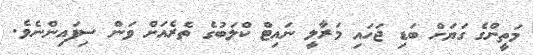
މަތީންގެ ގަޔަށް ބަޑި ޖަހައި މަރާލީ ނައިޓް ކްލަބުގެ ތެރެއަށް ވަން ސިފައިންނެވެ.